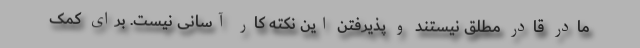
مادر قادر مطلق نیستند و پذیرفتن این نکته کار آسانی نیست. برای کمک